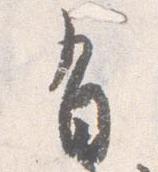
有